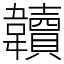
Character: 韥